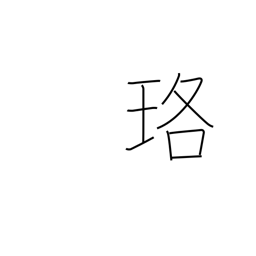
Meaning: necklace